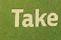
take